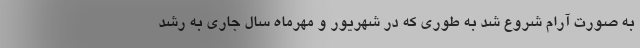
به صورت آرام شروع شد به طوری که در شهریور و مهرماه سال جاری به رشد